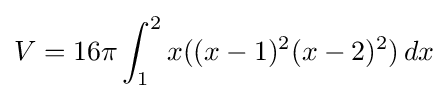
V=16\pi \int _{1}^{2}x((x-1)^{2}(x-2)^{2})\,dx